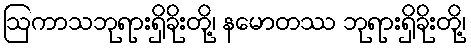
ဩကာသဘုရားရှိခိုးတို့၊ နမောတဿ ဘုရားရှိခိုးတို့၊